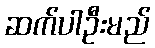
ဆက်ပါဦးမည်